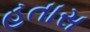
હતાસ